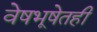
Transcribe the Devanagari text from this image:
वेषभूषेतही